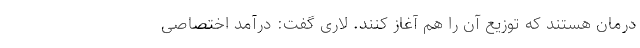
درمان هستند که توزیع آن را هم آغاز کنند. لاری گفت: درآمد اختصاصی